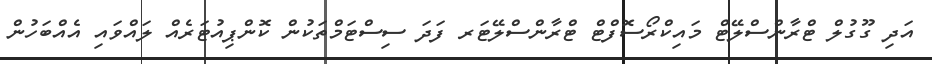
އަދި ގޫގުލް ޓްރާންސްލޭޓް މައިކްރޯސޮފްޓް ޓްރާންސްލޭޓަރ ފަދަ ސިސްޓަމްތަކުން ކޮންޕިއުޓަރެއް ލައްވައި އެއްބަހުން